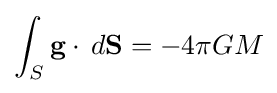
\int _{S}{\mathbf {g} }\cdot \,d{\mathbf {S} }=-4\pi GM